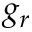
g _ { r }